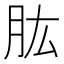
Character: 肱